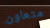
متعاون